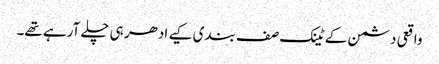
واقعی دشمن کے ٹینک صف بندی کیے ادھر ہی چلے آرہے تھے۔